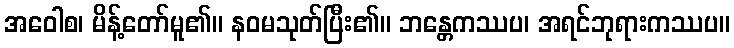
အဝေါစ၊ မိန့်တော်မူ၏။ နဝမသုတ်ပြီး၏။ ဘန္တေကဿပ၊ အရင်ဘုရားကဿပ။